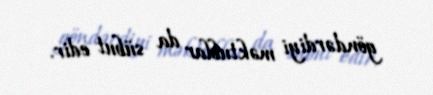
göndərdiyi məktublar da sübut edir.